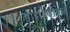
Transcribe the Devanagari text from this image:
हाइब्रिडोमास